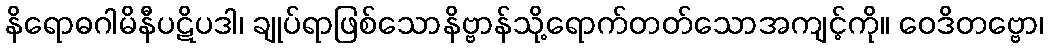
နိရောဓဂါမိနီပဋိပဒါ၊ ချုပ်ရာဖြစ်သောနိဗ္ဗာန်သို့ရောက်တတ်သောအကျင့်ကို။ ဝေဒိတဗ္ဗော၊